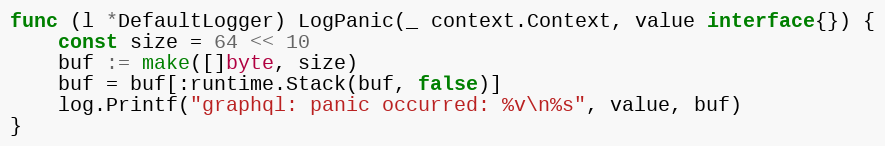
Language: Go
func (l *DefaultLogger) LogPanic(_ context.Context, value interface{}) {
	const size = 64 << 10
	buf := make([]byte, size)
	buf = buf[:runtime.Stack(buf, false)]
	log.Printf("graphql: panic occurred: %v\n%s", value, buf)
}